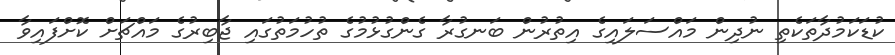
ކުޑަކަމުދާތަކެތި ނުދިން މައްސަލައިގެ އިތުރުން ބަނގުރާ ގެންގުޅުމުގެ ތުހުމަތުގައި ޖާބިރުގެ މައްޗަށް ކޮށްފައިވާ